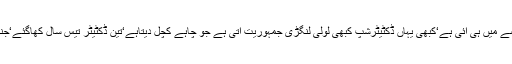
کوئی اورملک بتاؤ جہاں ایساہوتاہے‘یہ بدنصیبی پاکستان کے حصے میں ہی آئی ہے‘کبھی یہاں ڈکٹیٹرشپ کبھی لولی لنگڑی جمہوریت آتی ہے جو چاہے کچل دیتاہے‘تین ڈکٹیٹر تیس سال کھاگئے‘جنہوں نے مجھے نکالا وہ بھی جانتے ہیں میں نے کرپشن نہیں کی۔